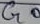
Text: G0